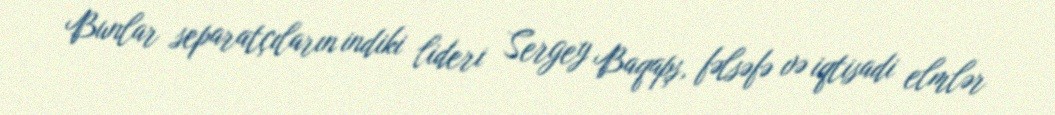
Bunlar separatçıların indiki lideri Sergey Baqapş, fəlsəfə və iqtisadi elmlər